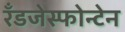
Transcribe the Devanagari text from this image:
रँडजेस्फोन्टेन